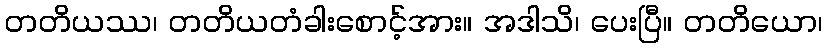
တတိယဿ၊ တတိယတံခါးစောင့်အား။ အဒါသိ၊ ပေးပြီ။ တတိယော၊